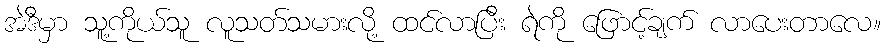
အဲဒီမှာ သူ့ကိုယ်သူ လူသတ်သမားလို့ ထင်လာပြီး ရဲကို ဖြောင့်ချက် လာပေးတာလေ။